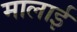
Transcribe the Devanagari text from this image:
मालाई